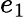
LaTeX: e_{1}